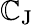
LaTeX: \mathbb{C}_{\mathrm{{{J}}}}